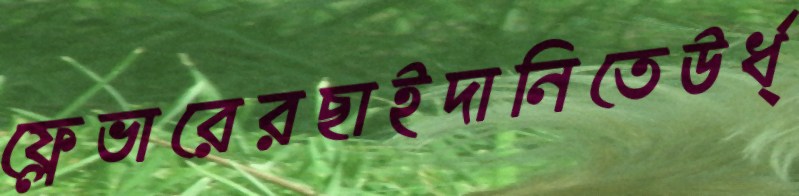
ফ্লেভারেরছাইদানিতেঊর্ধ্